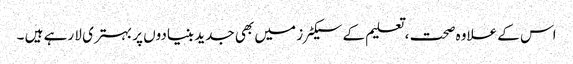
اس کے علاوہ صحت ، تعلیم کے سیکٹر ز میں بھی جدید بنیادوں پر بہتری لا رہے ہیں ۔